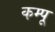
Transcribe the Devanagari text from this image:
कम्पू